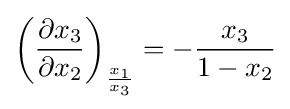
\left({\frac {\partial x_{3}}{\partial x_{2}}}\right)_{\frac {x_{1}}{x_{3}}}=-{\frac {x_{3}}{1-x_{2}}}